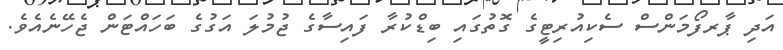
އަދި ޕާރފޯމަންސް ސެކިއުރިޓީގެ ގޮތުގައި ބިޑްކުރާ ފައިސާގެ ޖުމުލަ އަގުގެ ބަހައްޓަން ޖެހޭނެއެވެ.